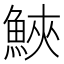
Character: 𩷟